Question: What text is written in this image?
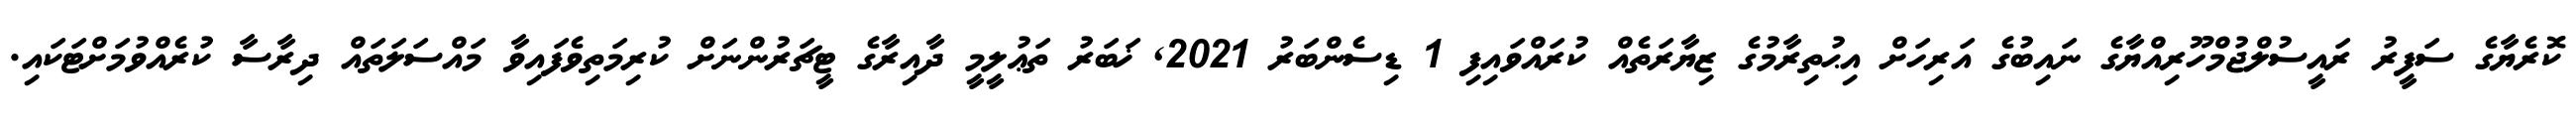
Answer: ކޮރެޔާގެ ސަފީރު ރައީސުލްޖުމްހޫރިއްޔާގެ ނައިބުގެ އަރިހަށް އިޙުތިރާމުގެ ޒިޔާރަތެއް ކުރައްވައިފި 1 ޑިސެންބަރު 2021, ޚަބަރު ތަޢުލީމީ ދާއިރާގެ ޓީޗަރުންނަށް ކުރިމަތިވެފައިވާ މައްސަލަތައް ދިރާސާ ކުރެއްވުމަށްޓަކައި.